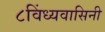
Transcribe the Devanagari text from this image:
८विंध्यवासिनी